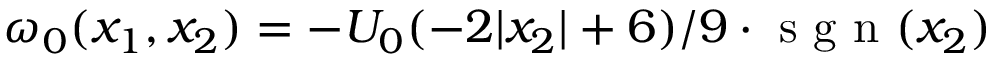
\omega _ { 0 } ( x _ { 1 } , x _ { 2 } ) = - U _ { 0 } ( - 2 | x _ { 2 } | + 6 ) / 9 \cdot \textrm { s g n } ( x _ { 2 } )